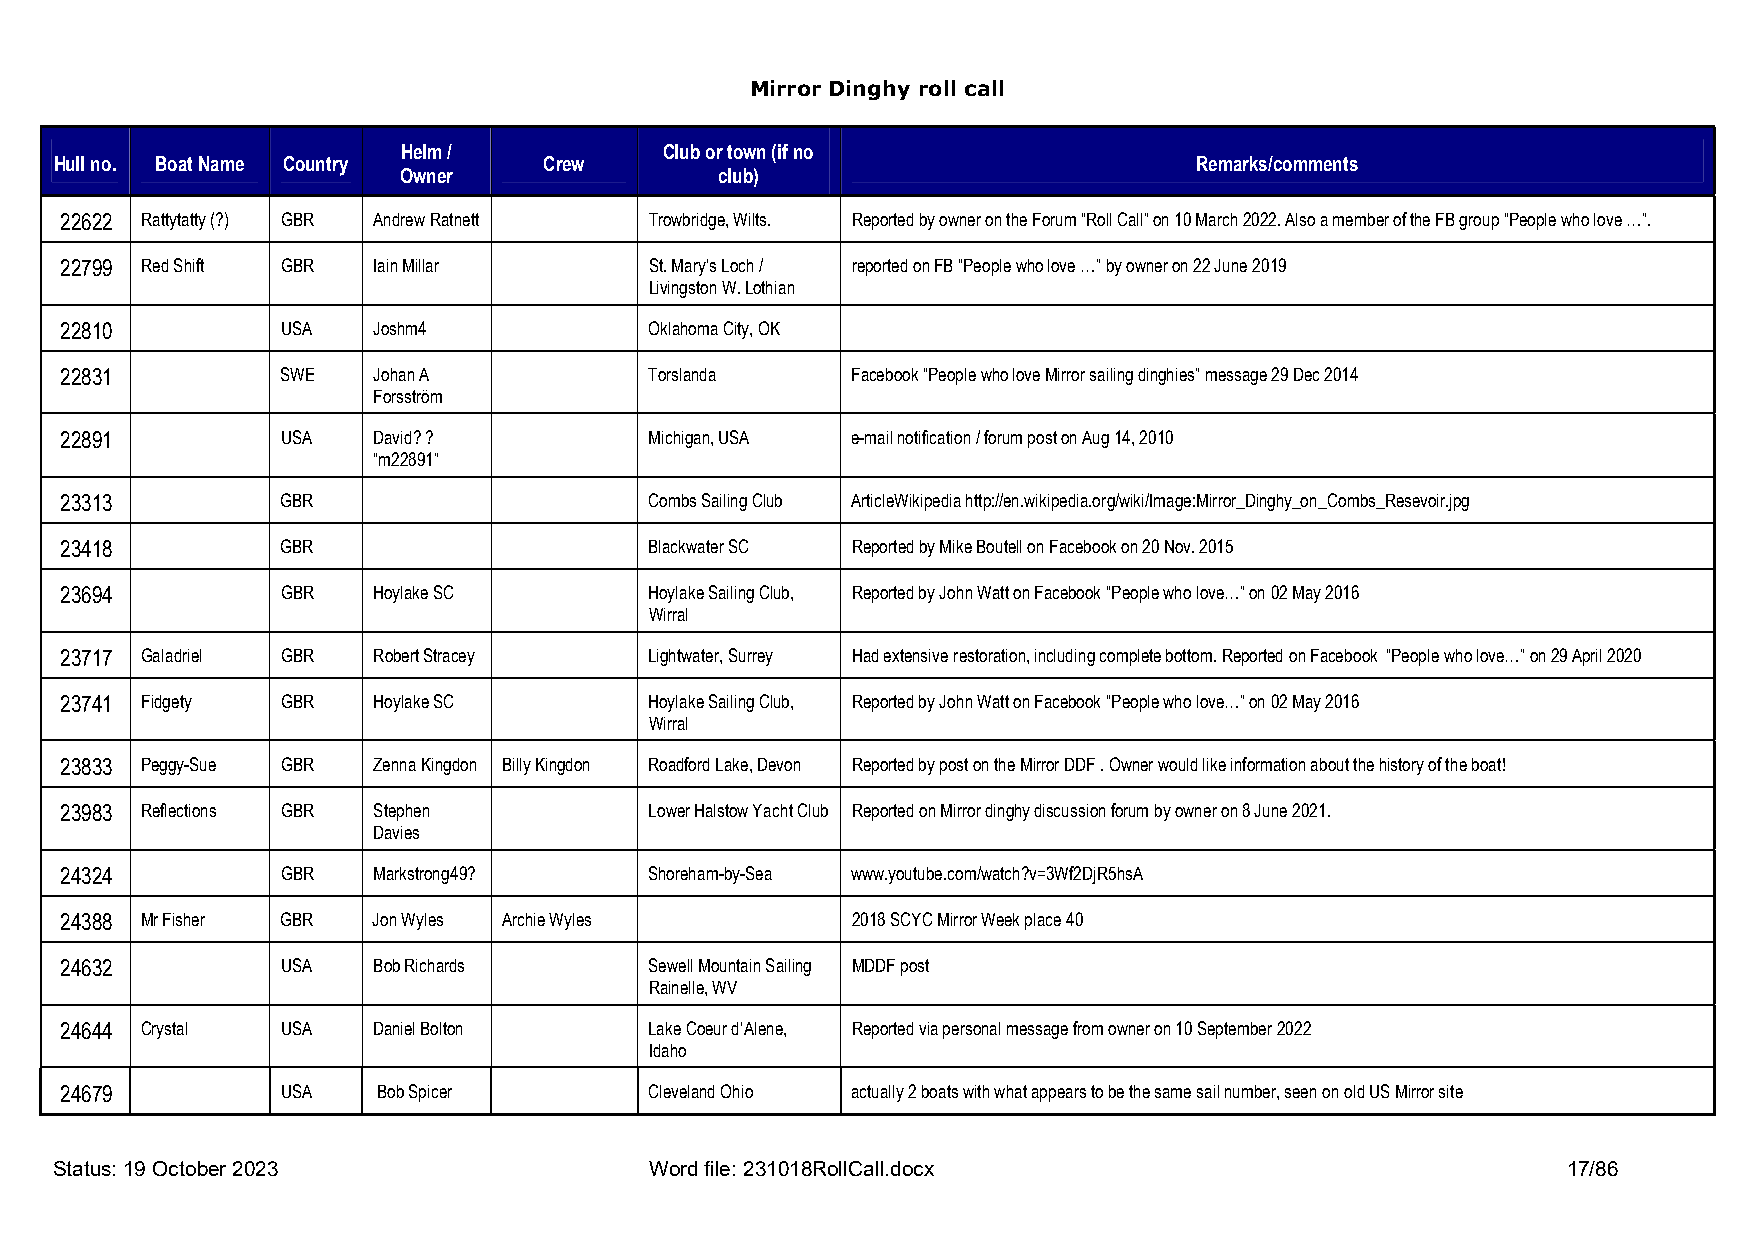
Mirror Dinghy roll call
 Helm /           Club or town (if no
 Hull no. Boat Name Country      Crew                                       Remarks/comments
 Owner                 club)
 22622 Rattytatty (?) GBR Andrew Ratnett Trowbridge, Wilts. Reported by owner on the Forum “Roll Call” on 10 March 2022. Also a member of the FB group “People who love …”.
 22799 Red Shift GBR  Iain Millar       St. Mary’s Loch / reported on FB “People who love …” by owner on 22 June 2019
 Livingston W. Lothian
 22810          USA   Joshm4            Oklahoma City, OK
 22831          SWE   Johan A           Torslanda    Facebook “People who love Mirror sailing dinghies” message 29 Dec 2014
 Forsström
 22891          USA   David? ?          Michigan, USA e-mail notification / forum post on Aug 14, 2010
 “m22891”
 23313          GBR                     Combs Sailing Club ArticleWikipedia http://en.wikipedia.org/wiki/Image:Mirror_Dinghy_on_Combs_Resevoir.jpg
 23418          GBR                     Blackwater SC Reported by Mike Boutell on Facebook on 20 Nov. 2015
 23694          GBR   Hoylake SC        Hoylake Sailing Club, Reported by John Watt on Facebook “People who love…” on 02 May 2016
 Wirral
 23717 Galadriel GBR  Robert Stracey    Lightwater, Surrey Had extensive restoration, including complete bottom. Reported on Facebook “People who love…” on 29 April 2020
 23741 Fidgety  GBR   Hoylake SC        Hoylake Sailing Club, Reported by John Watt on Facebook “People who love…” on 02 May 2016
 Wirral
 23833 Peggy-Sue GBR  Zenna Kingdon Billy Kingdon Roadford Lake, Devon Reported by post on the Mirror DDF . Owner would like information about the history of the boat!
 23983 Reflections GBR Stephen          Lower Halstow Yacht Club Reported on Mirror dinghy discussion forum by owner on 8 June 2021.
 Davies
 24324          GBR   Markstrong49?     Shoreham-by-Sea www.youtube.com/watch?v=3Wf2DjR5hsA
 24388 Mr Fisher GBR  Jon Wyles Archie Wyles         2018 SCYC Mirror Week place 40
 24632          USA   Bob Richards      Sewell Mountain Sailing MDDF post
 Rainelle, WV
 24644 Crystal  USA   Daniel Bolton     Lake Coeur d’Alene, Reported via personal message from owner on 10 September 2022
 Idaho
 24679          USA   Bob Spicer        Cleveland Ohio actually 2 boats with what appears to be the same sail number, seen on old US Mirror site
 Status: 19 October 2023                Word file: 231018RollCall.docx                               17/86